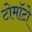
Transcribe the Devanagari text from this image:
टोमॉटो